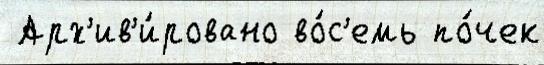
 Арх'ив'и́ровано во́с'емь по́чек